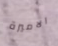
الاميرة